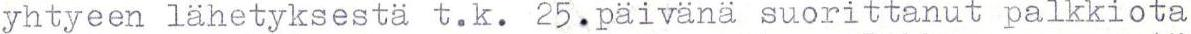
yhtyeen lähetyksestä t.k. 25. päivänä suorittanut palkkiota